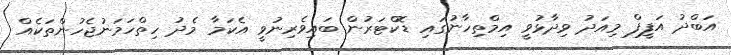
އަބްދު އަފީފް މިއަދު ވިދާޅުވީ އިމްތިހާނުގައި ޑޮކްޓަރުން ބައިވެރިނުވީ އެކަމާ މެދު ހިތްހަމަނުޖެހުންތަކެއް